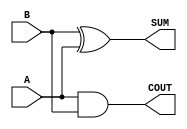
module sky130_fd_sc_ls__ha (
    COUT,
    SUM ,
    A   ,
    B
);

    // Module ports
    output COUT;
    output SUM ;
    input  A   ;
    input  B   ;

    // Local signals
    wire and0_out_COUT;
    wire xor0_out_SUM ;

    //  Name  Output         Other arguments
    and and0 (and0_out_COUT, A, B           );
    buf buf0 (COUT         , and0_out_COUT  );
    xor xor0 (xor0_out_SUM , B, A           );
    buf buf1 (SUM          , xor0_out_SUM   );

endmodule